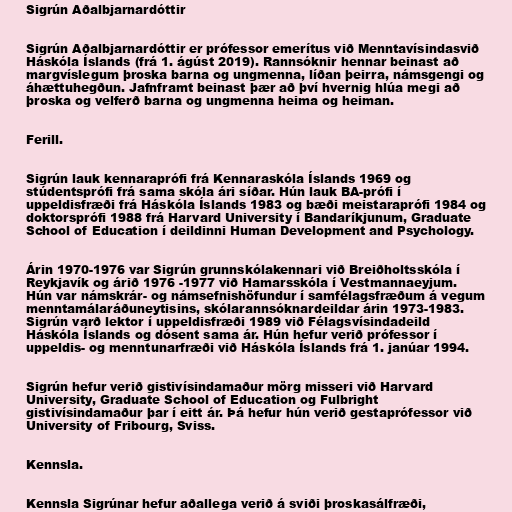
Sigrún Aðalbjarnardóttir

Sigrún Aðalbjarnardóttir er prófessor emerítus við Menntavísindasvið
Háskóla Íslands (frá 1. ágúst 2019). Rannsóknir hennar beinast að
margvíslegum þroska barna og ungmenna, líðan þeirra, námsgengi og
áhættuhegðun. Jafnframt beinast þær að því hvernig hlúa megi að
þroska og velferð barna og ungmenna heima og heiman.

Ferill.

Sigrún lauk kennaraprófi frá Kennaraskóla Íslands 1969 og
stúdentsprófi frá sama skóla ári síðar. Hún lauk BA-prófi í
uppeldisfræði frá Háskóla Íslands 1983 og bæði meistaraprófi 1984 og
doktorsprófi 1988 frá Harvard University í Bandaríkjunum, Graduate
School of Education í deildinni Human Development and Psychology.

Árin 1970-1976 var Sigrún grunnskólakennari við Breiðholtsskóla í
Reykjavík og árið 1976 -1977 við Hamarsskóla í Vestmannaeyjum.
Hún var námskrár- og námsefnishöfundur í samfélagsfræðum á vegum
menntamálaráðuneytisins, skólarannsóknardeildar árin 1973-1983.
Sigrún varð lektor í uppeldisfræði 1989 við Félagsvísindadeild
Háskóla Íslands og dósent sama ár. Hún hefur verið prófessor í
uppeldis- og menntunarfræði við Háskóla Íslands frá 1. janúar 1994.

Sigrún hefur verið gistivísindamaður mörg misseri við Harvard
University, Graduate School of Education og Fulbright
gistivísindamaður þar í eitt ár. Þá hefur hún verið gestaprófessor við
University of Fribourg, Sviss.

Kennsla.

Kennsla Sigrúnar hefur aðallega verið á sviði þroskasálfræði,